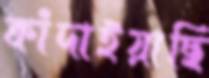
কাঁদাইয়াছি